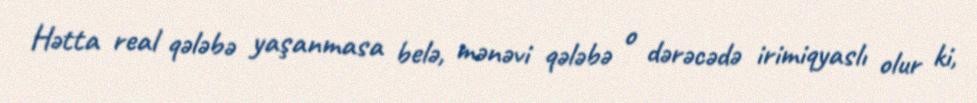
Hətta real qələbə yaşanmasa belə, mənəvi qələbə o dərəcədə irimiqyaslı olur ki,